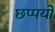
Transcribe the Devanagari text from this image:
छप्पयों